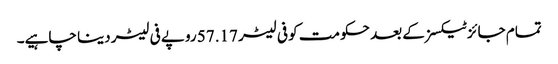
تمام جائز ٹیکسز کے بعد حکومت کو فی لیٹر 57.17 روپے فی لیٹر دینا چاہیے۔